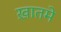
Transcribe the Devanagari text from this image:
ख़ातमे